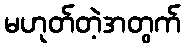
မဟုတ်တဲ့အတွက်